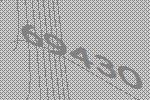
69430